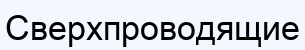
Сверхпроводящие